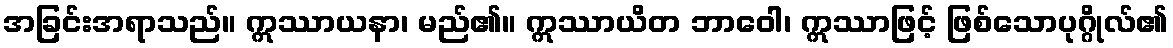
အခြင်းအရာသည်။ ဣဿာယနာ၊ မည်၏။ ဣဿာယိတ ဘာဝေါ၊ ဣဿာဖြင့် ဖြစ်သောပုဂ္ဂိုလ်၏